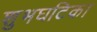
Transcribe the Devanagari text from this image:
शुभघटिका